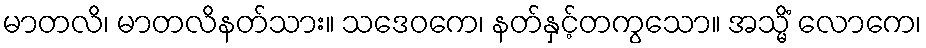
မာတလိ၊ မာတလိနတ်သား။ သဒေဝကေ၊ နတ်နှင့်တကွသော။ အသ္မိံ လောကေ၊